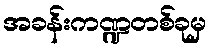
အခန်းကဏ္ဍတစ်ခုမှ